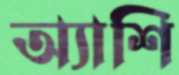
অ্যাশি